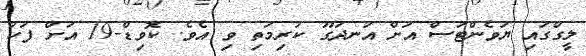
ލީގްގައި ޔުވެންޓަސް އަށް އުނދަގޫ ކުރިމަތި ވި އެވެ. ކޮވިޑް-19 އަށް ފަހު